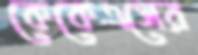
কেকেএসের